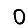
Digit: 0